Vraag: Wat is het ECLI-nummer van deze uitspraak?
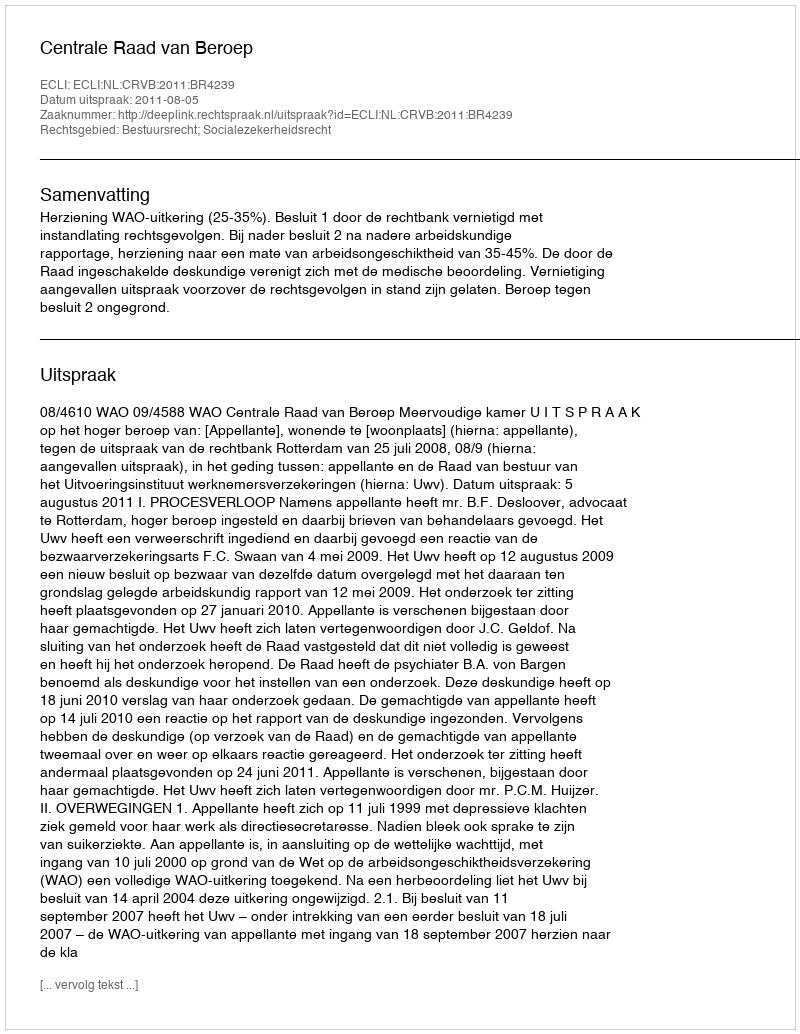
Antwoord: ECLI:NL:CRVB:2011:BR4239